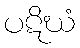
ပဋိဃံ